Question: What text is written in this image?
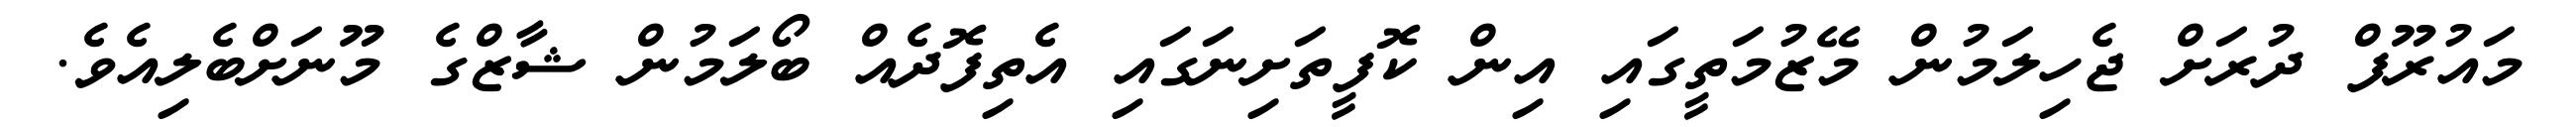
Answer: މައުރޫފް ދުރަށް ޖެހިލަމުން މޭޒުމަތީގައި އިން ކޮފީތަށިނަގައި އެތިފޮދެއް ބޯލަމުން ޝާޒްގެ މޫނަށްބެލިއެވެ.